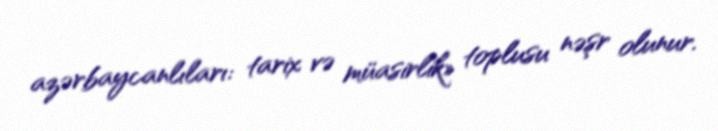
azərbaycanlıları: tarix və müasirlik» toplusu nəşr olunur.